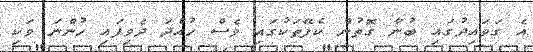
އެ ގަވައިދުގައި ބުނާ ގޮތުން ކެފޭތަކުގައި ވެސް ހުއްދަ ދެވިފައި ހުންނަ ވަކި